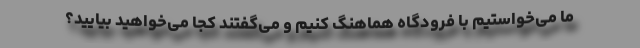
ما می‌خواستیم با فرودگاه هماهنگ کنیم و می‌گفتند کجا می‌خواهید بیایید؟